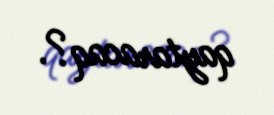
qaytaracaq?.